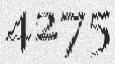
4275